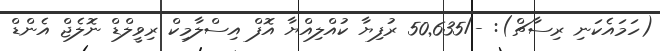
(ހަމައެކަނި ރިސާޗް): -/50